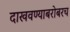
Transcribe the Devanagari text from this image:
दाखवण्याबरोबरच